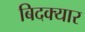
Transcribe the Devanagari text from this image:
बिदक्यार